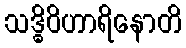
သဒ္ဓိဝိဟာရိနောတိ